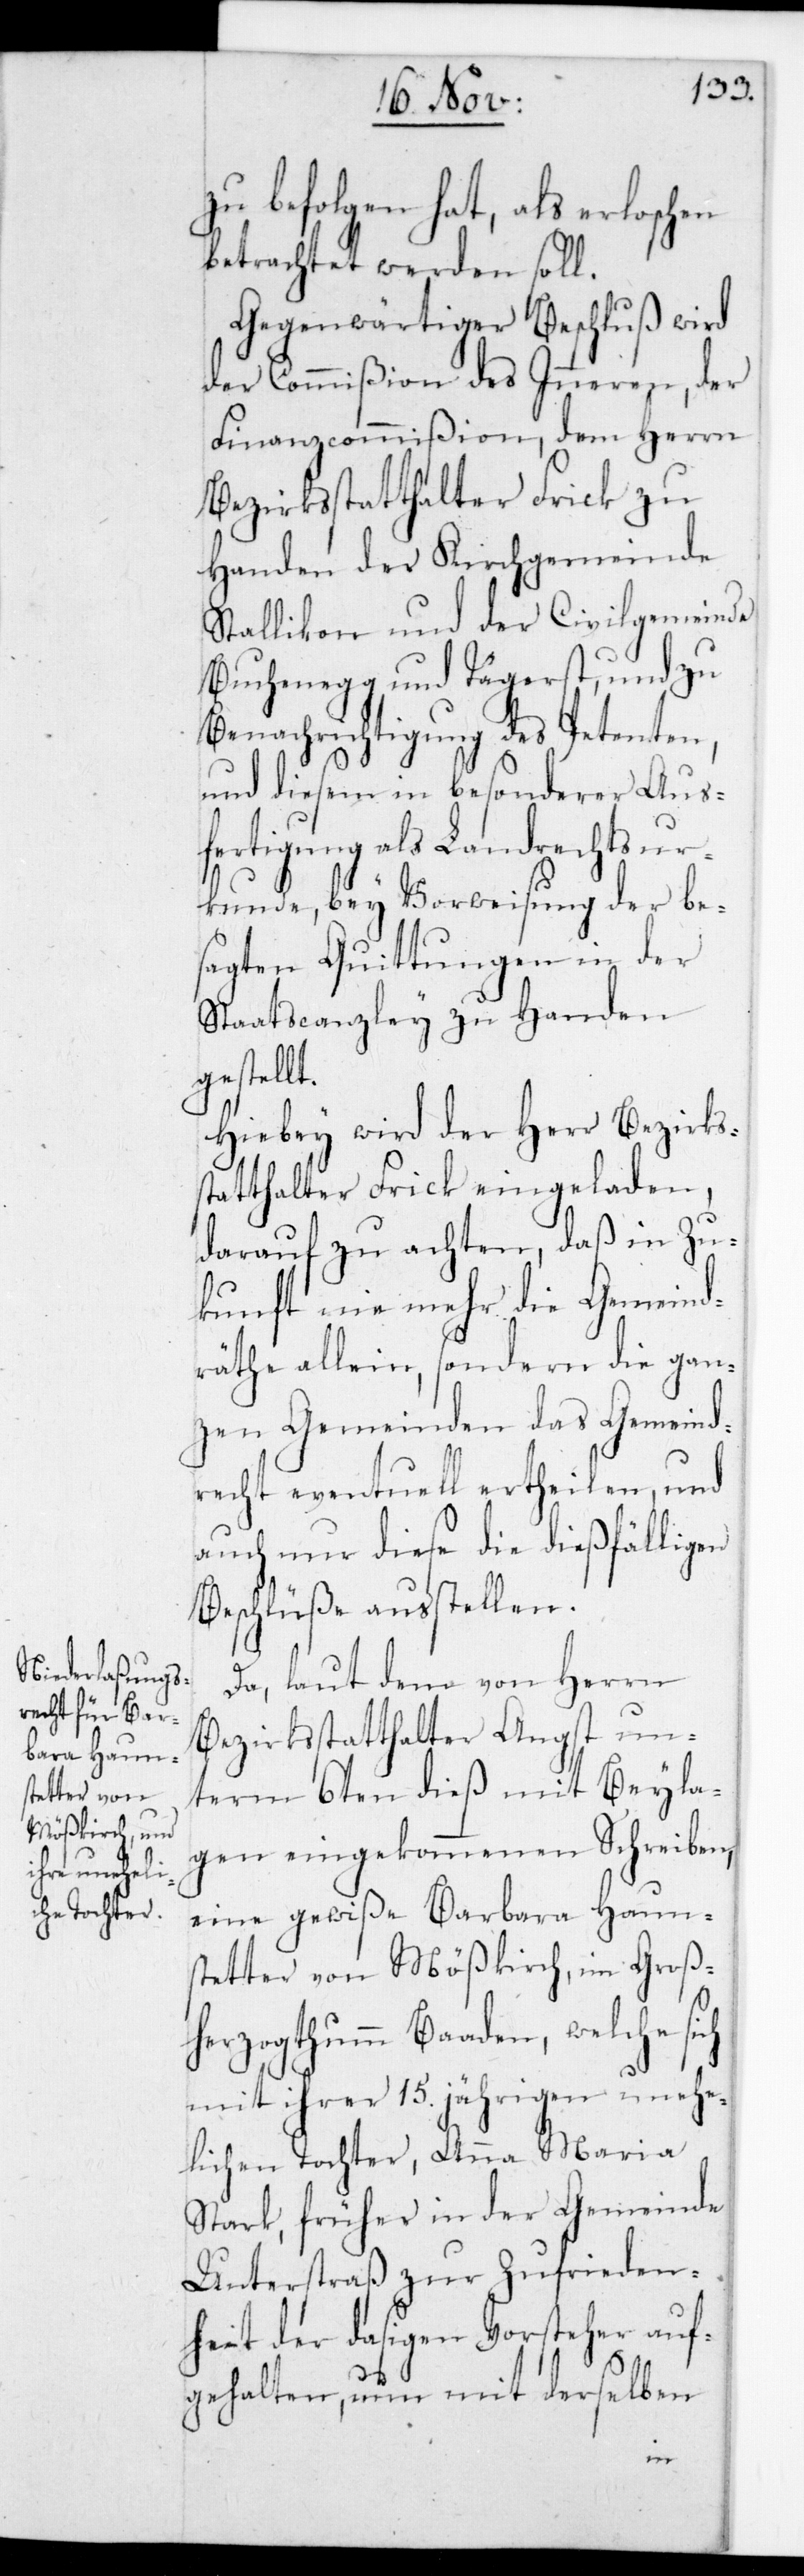
zu befolgen hat, als erloschen
betrachtet werden soll.
Gegenwärtiger Beschluß wird
der Commißion des Inneren, der
Finanzcommißion, dem Herrn
Bezirksstatthalter Frick zu
Handen der Kirchgemeinde
Stallikon und der Civilgemeinde
Buchenegg und Tägerst, und zu
Benachrichtigung des Petenten,
und diesem in besonderer Aus¬
fertigung als Landrechtsur¬
kunde bey Vorweisung der be¬
sagten Quittungen in der
Staatscanzley zu Handen
gestellt.
Hiebey wird der Herr Bezirks¬
statthalter Frick eingeladen,
darauf zu achten, daß in Zu¬
kunft nie mehr die Gemeind¬
räthe allein, sondern die gan¬
zen Gemeinden das Gemeind¬
srecht eventuell ertheilen, und
auch nur diese die dießfälligen
Beschlüße ausstellen.
Da laut dem von Herrn
Bezirksstatthalter Angst un¬
term 6ten dieß mit Beyla¬
gen eingekommenen Schreiben,
eine gewiße Barbara Haums¬
tetter von Mößkirch im Groß¬
herzogthum Baaden, welche sich
mit ihrer 15. jährigen unehe¬
lichen Tochter, Anna Maria
Stark, früher in der Gemeinde
Unterstraß zur Zufrieden¬
heit der dasigen Vorsteher auf¬
gehalten, nun mit derselben